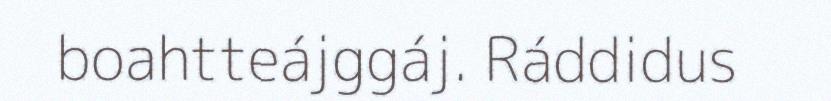
boahtteájggáj. Ráddidus